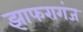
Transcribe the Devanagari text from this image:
झाफरागंज